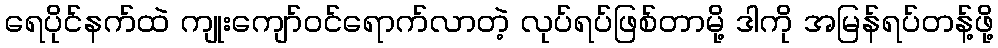
ရေပိုင်နက်ထဲ ကျုးကျော်ဝင်ရောက်လာတဲ့ လုပ်ရပ်ဖြစ်တာမို့ ဒါကို အမြန်ရပ်တန့်ဖို့